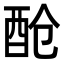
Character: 𮠞